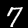
Digit: 7